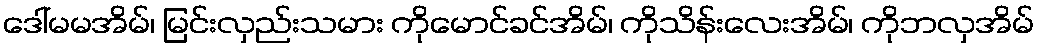
ဒေါ်မမအိမ်၊ မြင်းလှည်းသမား ကိုမောင်ခင်အိမ်၊ ကိုသိန်းလေးအိမ်၊ ကိုဘလှအိမ်